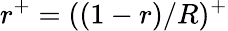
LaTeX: r^{+}=((1-r)/R)^{+}